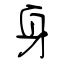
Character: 身